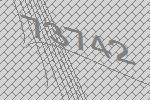
73742